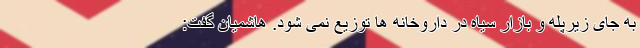
به جای زیرپله و بازار سیاه در داروخانه ها توزیع نمی شود. هاشمیان گفت: